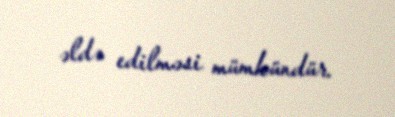
əldə edilməsi mümkündür.